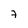
Character: 7